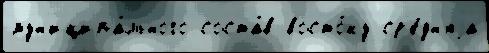
мун'иципа́льного соста́в восто́ку ср'е́дн'яjа